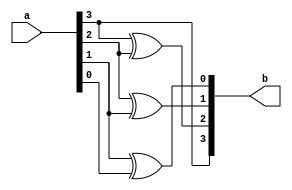
module Gray_code(a,b);
input [3:0]a;
output [3:0]b;
assign b[3]=a[3];
assign b[2]=a[3]^a[2];
assign b[1]=a[2]^a[1];
assign b[0]=a[1]^a[0];
endmodule